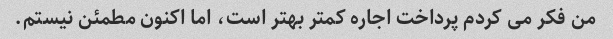
من فکر می کردم پرداخت اجاره کمتر بهتر است، اما اکنون مطمئن نیستم.